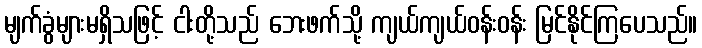
မျက်ခွံများမရှိသဖြင့် ငါးတို့သည် ဘေးဖက်သို့ ကျယ်ကျယ်ဝန်းဝန်း မြင်နိုင်ကြပေသည်။